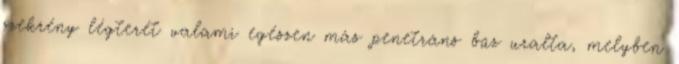
szekrény légterét valami egészen más penetráns bűz uralta, melyben